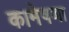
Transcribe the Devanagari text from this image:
कामेषणा